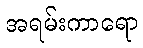
အရမ်းကာရော